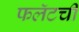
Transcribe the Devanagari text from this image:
फलॅटची